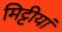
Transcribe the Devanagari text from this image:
मिट्टीयां